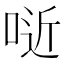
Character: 𠶌